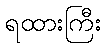
ရထားကြီး